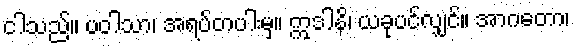
ငါသည်။ ပဝါသာ၊ အရပ်တပါးမှ။ ဣဒါနိ၊ ယခုပင်လျှင်။ အာဂတော၊